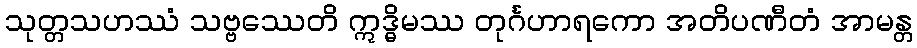
သုတ္တသဟဿံ သဗ္ဗဿေတိ ဣဒ္ဓိမဿ တုင်္ဂဟာရကော အတိပဏီတံ အာမန္တ